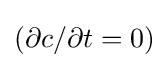
(\partial c/\partial t=0)